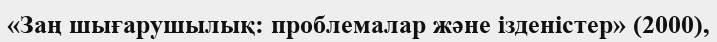
«Заң шығарушылық: проблемалар және ізденістер» (2000),